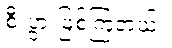
စီးပွားဖြစ်ကြတယ်။